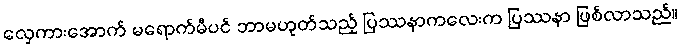
လှေကားအောက် မရောက်မီပင် ဘာမဟုတ်သည့် ပြဿနာကလေးက ပြဿနာ ဖြစ်လာသည်။